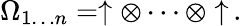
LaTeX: \Omega_{1\dots n}=\uparrow\otimes\cdots\otimes\uparrow\, .